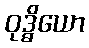
ဝုဒ္ဓိယော